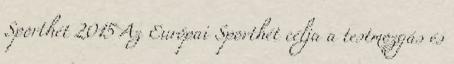
Sporthét 2015 Az Európai Sporthét célja a testmozgás és